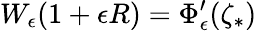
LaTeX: W_{\epsilon}(1+\epsilon R)=\Phi_{\epsilon}^{\prime}(\zeta_{*})